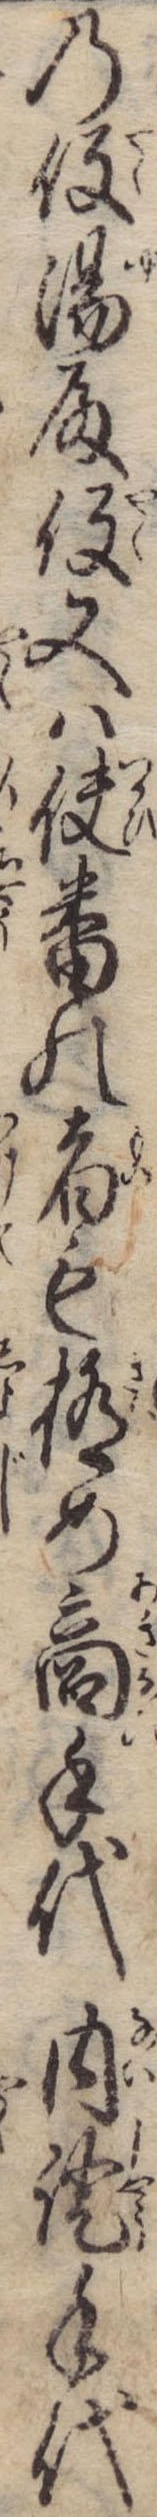
の役湯殿役又は使番の者も極め商手代内証手代